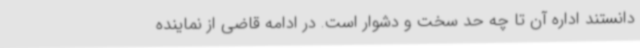
‌دانستند اداره آن تا چه حد سخت و دشوار است. در ادامه قاضی از نماینده